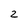
Character: 2